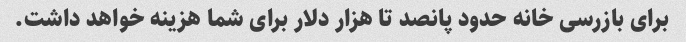
برای بازرسی خانه حدود پانصد تا هزار دلار برای شما هزینه خواهد داشت.